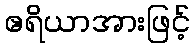
ဧရိယာအားဖြင့်